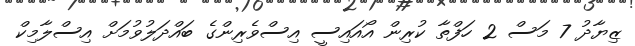
ޒިޔާދު 7 މަސް 2 ހަފްތާ ކުރިން އޯއައިސީ އިސްވެރިންގެ ބައްދަލުވުމަށް އިސްލާމިކް